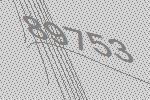
89753